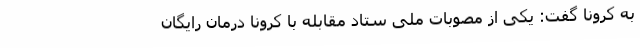
به کرونا گفت: یکی از مصوبات ملی ستاد مقابله با کرونا درمان رایگان